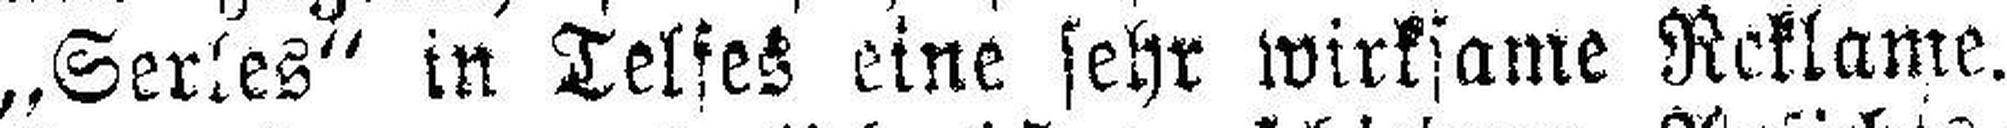
„Serles“ in Telfes eine sehr wirksame Reklame.